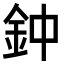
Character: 鈡